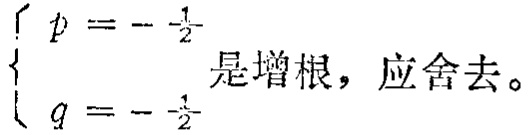
$\begin{cases}
p = -\frac{1}{2} \\
q = -\frac{1}{2}
\end{cases}$是增根，应舍去。